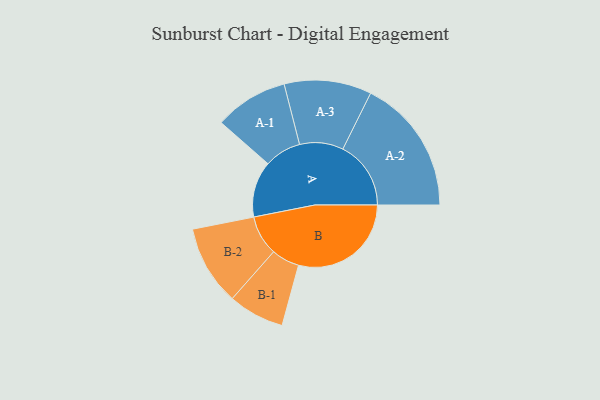
{"axis": {"x": "Segment", "y": "Value"}, "legend": ["", "A", "B"], "data": [{"x": "A", "y": 230, "type": ""}, {"x": "B", "y": 462, "type": ""}, {"x": "A-1", "y": 151, "type": "A"}, {"x": "A-2", "y": 279, "type": "A"}, {"x": "A-3", "y": 179, "type": "A"}, {"x": "B-1", "y": 115, "type": "B"}, {"x": "B-2", "y": 164, "type": "B"}]}